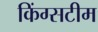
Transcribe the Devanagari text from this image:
किंग्सटीम